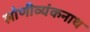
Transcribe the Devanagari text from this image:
लोणीव्यंकनाथ